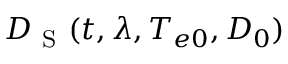
D _ { \mathrm { ~ S ~ } } ( t , \lambda , T _ { e 0 } , D _ { 0 } )